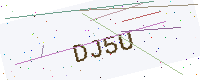
Text: DJ5U